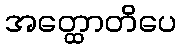
အတ္ထောတိပေ